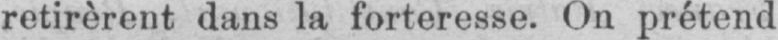
retirèrent dans la forteresse. On prétend